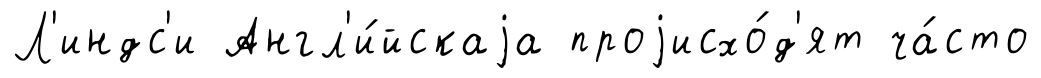
Л'индс'и Англ'и́йскаjа проjисхо́д'ят ча́сто